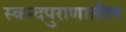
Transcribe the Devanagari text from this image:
स्कन्दपुराणातील